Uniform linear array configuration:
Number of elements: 32
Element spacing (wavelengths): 0.5
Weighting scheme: blackman
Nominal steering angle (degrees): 15
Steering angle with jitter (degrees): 14.339
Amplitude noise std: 0.05
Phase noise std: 0.05

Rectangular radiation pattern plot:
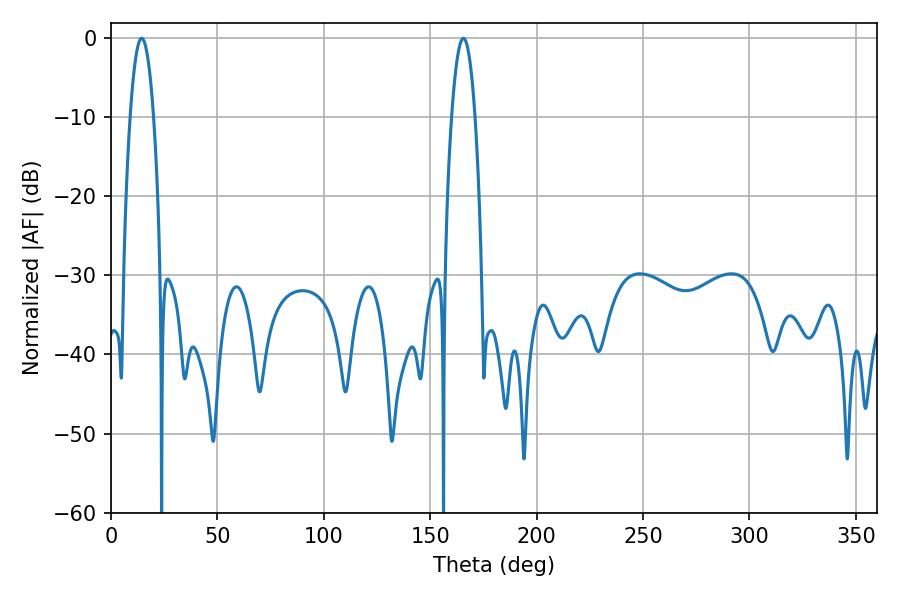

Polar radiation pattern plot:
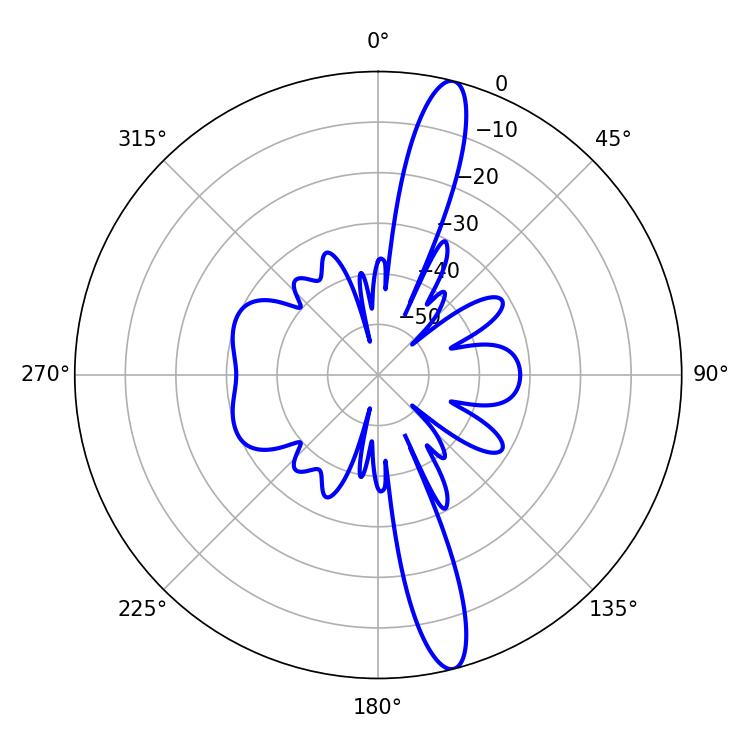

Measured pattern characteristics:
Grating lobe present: FALSE
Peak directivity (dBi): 15.501
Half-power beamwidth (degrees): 6.12
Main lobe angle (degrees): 14.4